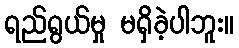
ရည်ရွယ်မှု မရှိခဲ့ပါဘူး။